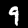
Digit: 9